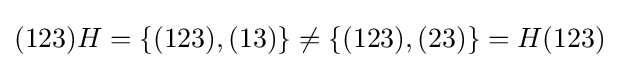
(123)H=\{(123),(13)\}\neq \{(123),(23)\}=H(123)